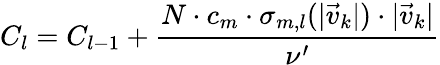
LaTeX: C_{l}=C_{l-1}+\frac{N\cdot c_{m}\cdot\sigma_{m,l}(|\vec{v}_{k}|)\cdot|\vec{v}_{k}|}{\nu^{\prime}}